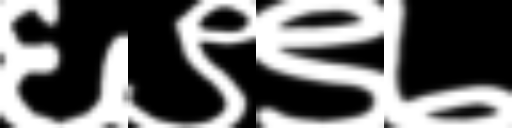
Text: ६९९७